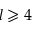
l \geqslant 4